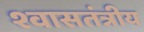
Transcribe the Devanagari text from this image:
श्वासतंत्रीय